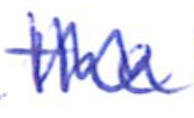
Text: the
Cross-out: zig-zag
Writing tool: ballpoint